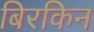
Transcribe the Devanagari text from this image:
बिरकिन